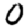
Digit: 0